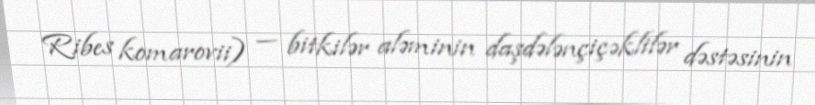
Ribes komarovii) — bitkilər aləminin daşdələnçiçəklilər dəstəsinin